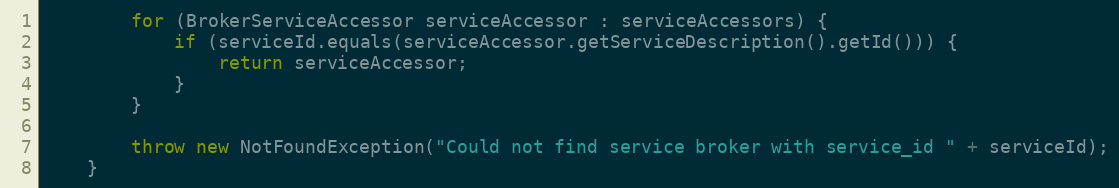
Language: Java
        for (BrokerServiceAccessor serviceAccessor : serviceAccessors) {
            if (serviceId.equals(serviceAccessor.getServiceDescription().getId())) {
                return serviceAccessor;
            }
        }

        throw new NotFoundException("Could not find service broker with service_id " + serviceId);
    }